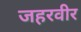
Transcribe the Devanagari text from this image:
जहरवीर